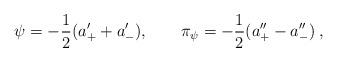
LaTeX: \begin{align*}\psi=-{1\over2}(a_+^{\prime}+a_-^{\prime}),\qquad\pi_{\psi}=-{1\over2}(a_+^{\prime\prime}-a_-^{\prime\prime})\>,\end{align*}